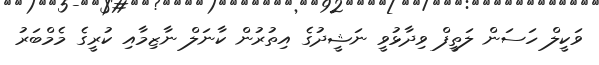
ވަކީލް ހަސަން ލަތީފް ވިދާޅުވީ ނަޝީދުގެ އިތުރުން ކާނަލް ނާޒިމާއި ކުރީގެ މެމްބަރު